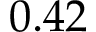
0 . 4 2